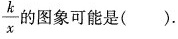
和y= $$\frac{k}{x}$$ 的图象可能是().